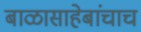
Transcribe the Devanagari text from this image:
बाळासाहेबांचाच